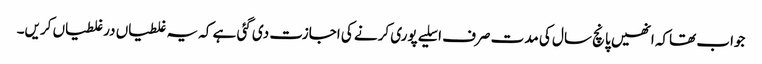
جواب تھاکہ انھیں پانچ سال کی مدت صرف اسلیے پوری کرنے کی اجازت دی گئی ہے کہ یہ غلطیاں درغلطیاں کریں۔